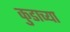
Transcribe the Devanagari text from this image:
कुडाच्या